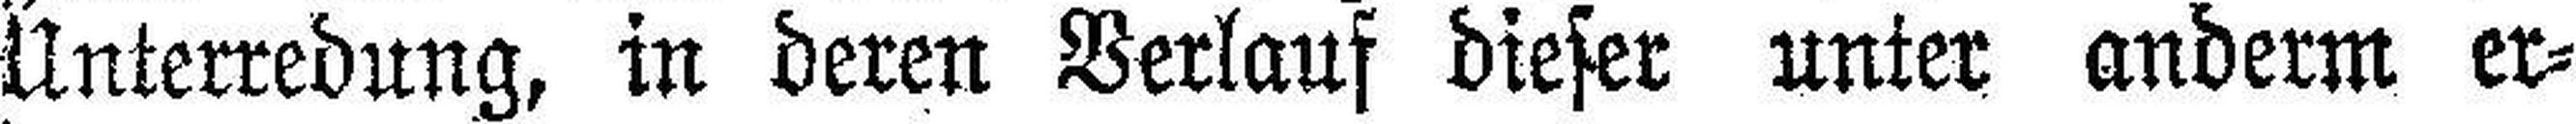
Unterredung, in deren Verlauf dieser unter anderm er¬